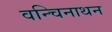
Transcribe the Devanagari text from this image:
वन्चिनाथन